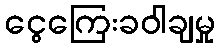
ငွေကြေးခဝါချမှု